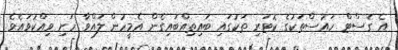
އެ ގެސްޓް ހައުސްތަކުގެ ކޮޓަރި ތަކުގައި ބައިތިއްބައިގެން އެމީހުން ލައްވާ ހަށި ވިއްކުވައެވެ.